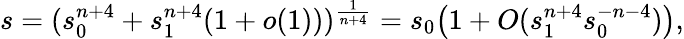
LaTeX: s=(s_{0}^{n+4}+s_{1}^{n+4}(1+o(1)))^{\frac 1{n+4}}=s_{0}\big(1+O(s_{1}^{n+4}s_{0}^{-n-4})\big),